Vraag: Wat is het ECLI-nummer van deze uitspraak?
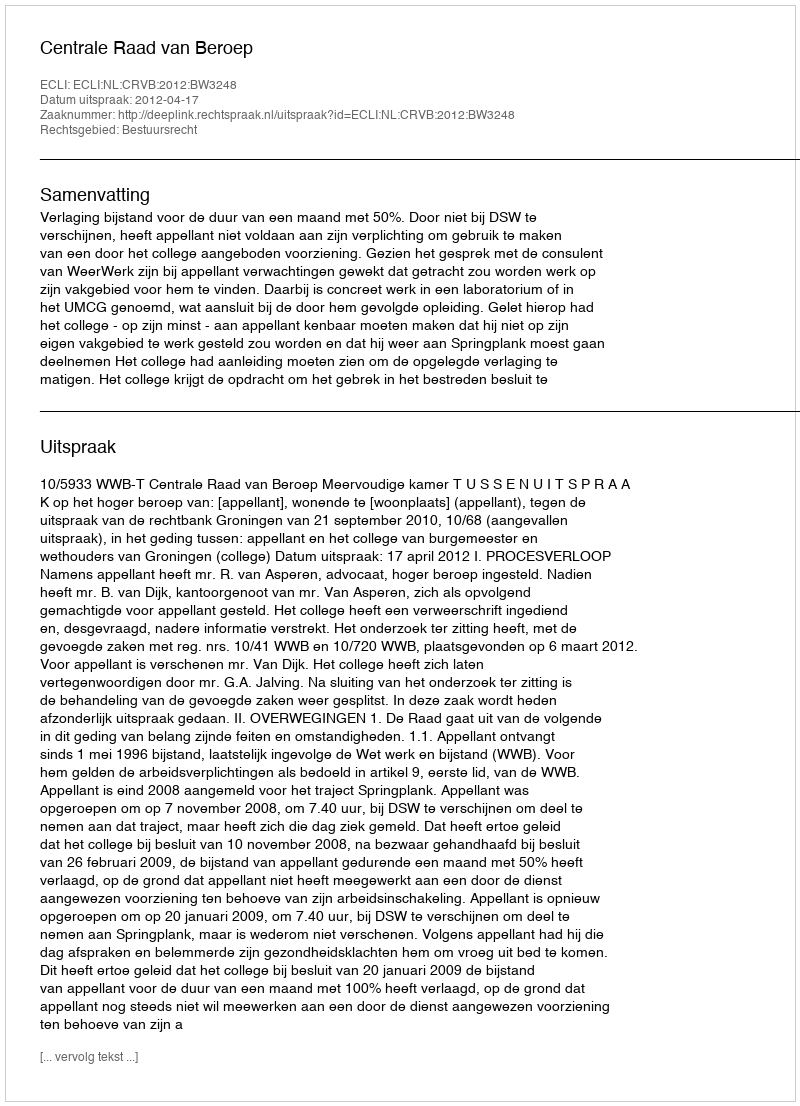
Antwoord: ECLI:NL:CRVB:2012:BW3248